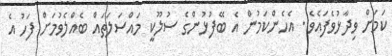
ކަމަށް ވިދާޅުވެފައެވެ.. އެހެންކަމުން އެ ބޭފުޅުންގެ ސުލޫކީ މައްސަލަތައް ބެއްލެވުމަށް ފަހު އެ